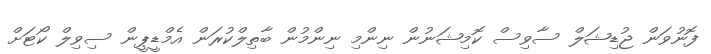
ފޮނުވަން ޖުޑިޝަލް ސާވިސް ކޮމިޝަނުން ނިންމި ނިންމުން ބާތިލްކުރަން އެމްޑީޕީން ސިވިލް ކޯޓަށް